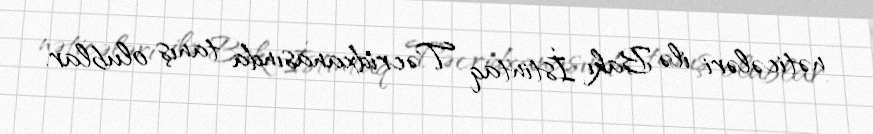
nəticələri ilə Bakı İstintaq Təcridxanasında tanış olublar.